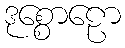
ဒုစ္စောဠော